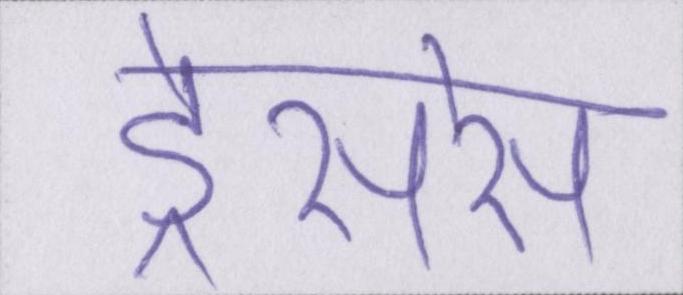
ड्रेसेस